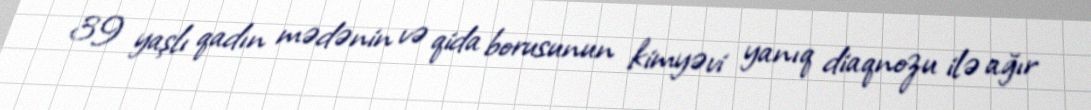
39 yaşlı qadın mədənin və qida borusunun kimyəvi yanıq diaqnozu ilə ağır